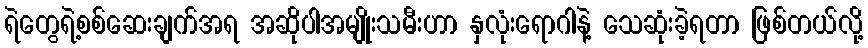
ရဲတွေရဲ့စစ်ဆေးချက်အရ အဆိုပါအမျိုးသမီးဟာ နှလုံးရောဂါနဲ့ သေဆုံးခဲ့ရတာ ဖြစ်တယ်လို့